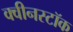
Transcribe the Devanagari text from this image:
क्वीनस्टॉक